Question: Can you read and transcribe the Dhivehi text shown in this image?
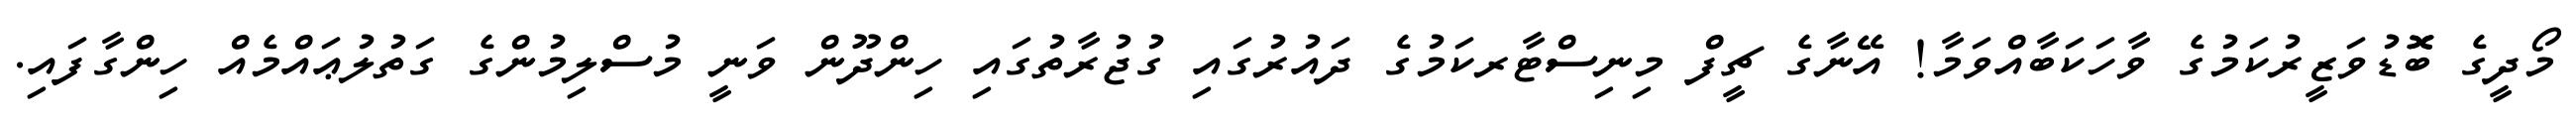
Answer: މޯދީގެ ބޮޮޑުވަޒީރުކަމުގެ ވާހަކަބާއްވަމާ! އޭނާގެ ޗީފް މިނިސްޓާރކަމުގެ ދައުރުގައި ގުޖުރާތުގައި ހިންދޫން ވަނީ މުސްލިމުންގެ ގަތުލުޢައްމެއް ހިންގާފައި.